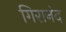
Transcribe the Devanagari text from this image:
गिरानंद